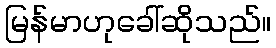
မြန်မာဟုခေါ်ဆိုသည်။